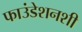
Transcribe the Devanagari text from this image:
फाउंडेशनशी